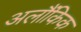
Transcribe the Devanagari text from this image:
अलौंकिक